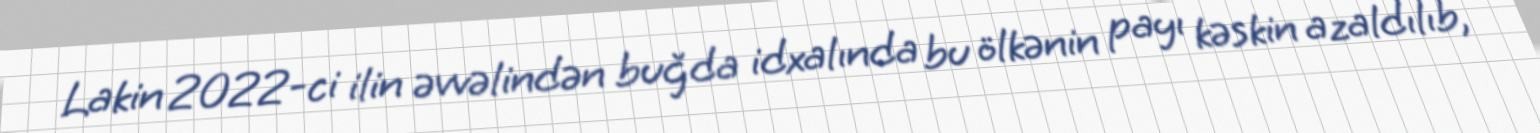
Lakin 2022-ci ilin əvvəlindən buğda idxalında bu ölkənin payı kəskin azaldılıb,